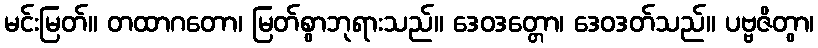
မင်းမြတ်။ တထာဂတော၊ မြတ်စွာဘုရားသည်။ ဒေဝဒတ္တော၊ ဒေဝဒတ်သည်။ ပဗ္ဗဇိတွာ၊